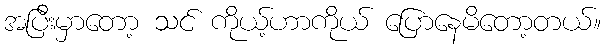
အပြီးမှာတော့ သင် ကိုယ့်ဟာကိုယ် ပြောနေမိတော့တယ်။